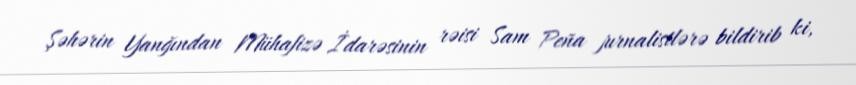
Şəhərin Yanğından Mühafizə İdarəsinin rəisi Sam Peña jurnalistlərə bildirib ki,